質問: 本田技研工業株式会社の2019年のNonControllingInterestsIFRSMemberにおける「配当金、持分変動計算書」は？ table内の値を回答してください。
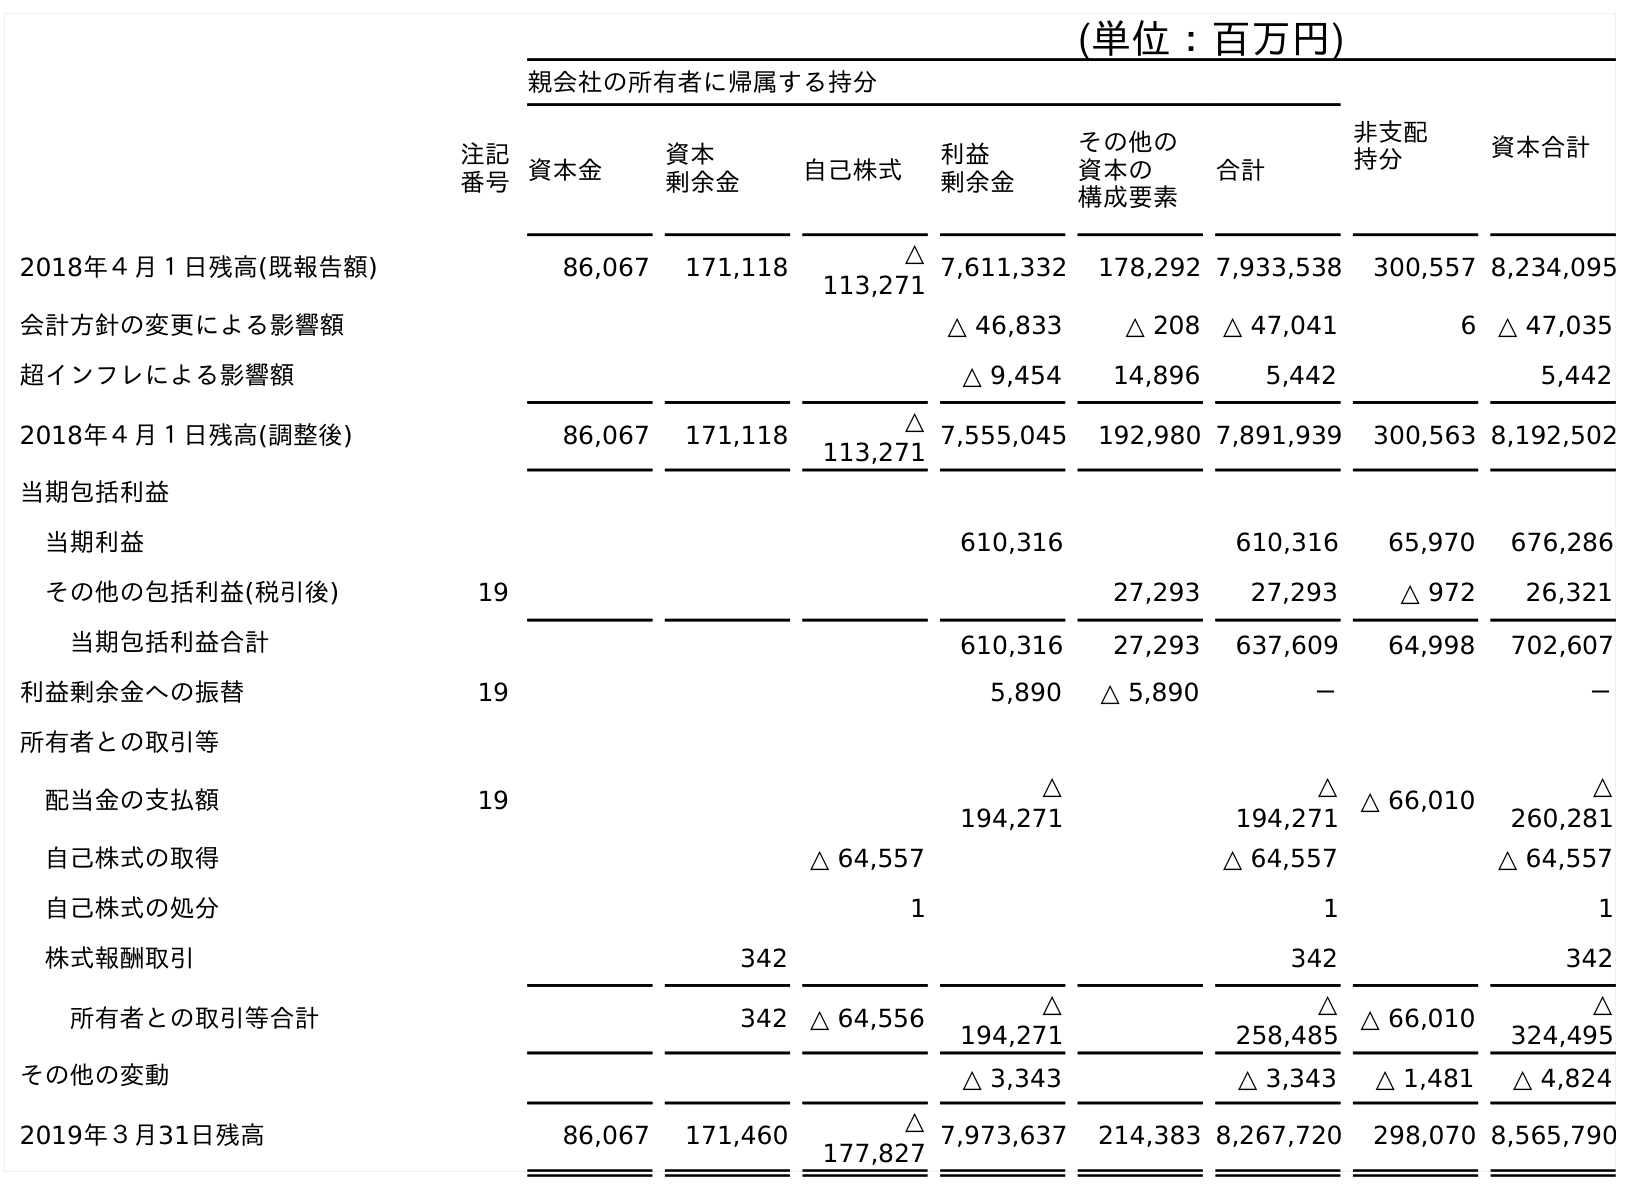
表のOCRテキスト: (単位：百万円) 親会社の所有者に帰属する持分 非支配 持分 資本合計 注記 番号資本金 資本 剰余金 自己株式 利益 剰余金 その他の 資本の 構成要素 合計 2018年４月１日残高(既報告額) 86,067 171,118 △ 113,271 7,611,332 178,292 7,933,538 300,557 8,234,095 会計方針の変更による影響額 △ 46,833 △ 208 △ 47,041 6 △ 47,035 超インフレによる影響額 △ 9,454 14,896 5,442 5,442 2018年４月１日残高(調整後) 86,067 171,118 △ 113,271 7,555,045 192,980 7,891,939 300,563 8,192,502 当期包括利益 当期利益 610,316 610,316 65,970 676,286 その他の包括利益(税引後) 19 27,293 27,293 △ 972 26,321 当期包括利益合計 610,316 27,293 637,609 64,998 702,607 利益剰余金への振替 19 5,890 △ 5,890 － － 所有者との取引等 配当金の支払額 19 △ 194,271 △ 194,271 △ 66,010 △ 260,281 自己株式の取得 △ 64,557 △ 64,557 △ 64,557 自己株式の処分 1 1 1 株式報酬取引 342 342 342 所有者との取引等合計 342 △ 64,556 △ 194,271 △ 258,485 △ 66,010 △ 324,495 その他の変動 △ 3,343 △ 3,343 △ 1,481 △ 4,824 2019年３月31日残高 86,067 171,460 △ 177,827 7,973,637 214,383 8,267,720 298,070 8,565,790
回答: △66,010